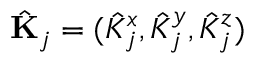
\hat { \mathbf { K } } _ { j } = ( \hat { K } _ { j } ^ { x } , \hat { K } _ { j } ^ { y } , \hat { K } _ { j } ^ { z } )